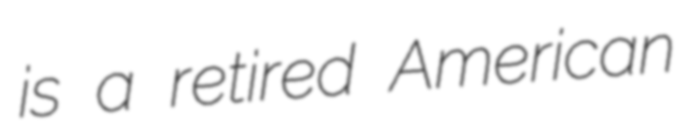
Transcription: is a retired American